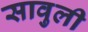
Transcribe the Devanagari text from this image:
सावुली